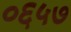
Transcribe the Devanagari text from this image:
०६५७